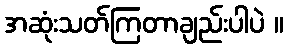
အဆုံးသတ်ကြတာချည်းပါပဲ ။